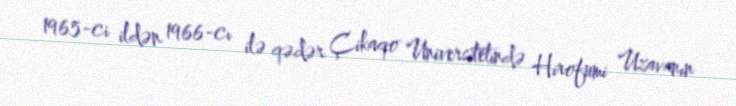
1965-ci ildən 1966-cı ilə qədər Çikaqo Universitetində Hirofumi Uzavanın